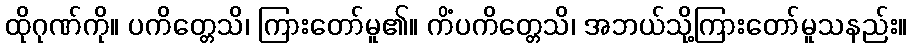
ထိုဂုဏ်ကို။ ပကိတ္တေသိ၊ ကြားတော်မူ၏။ ကိံပကိတ္တေသိ၊ အဘယ်သို့ကြားတော်မူသနည်း။